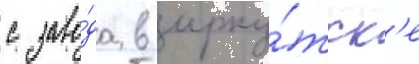
с заво́да в ирку́тск'е